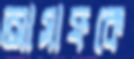
আসাফকে